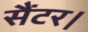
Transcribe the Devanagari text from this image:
सैंटर।